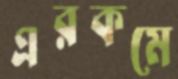
এরকমে